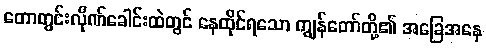
တောတွင်းလိုဏ်ခေါင်းထဲတွင် နေထိုင်ရသော ကျွန်တော်တို့၏ အခြေအနေ